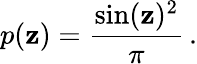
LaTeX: p(\mathbf{z})=\frac{{\sin(\mathbf{z})^{2}}}{{\pi}}\, .